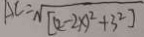
A C = \sqrt { [ ( 2 - 2 x ) ^ { 2 } + 3 ^ { 2 } ] }